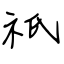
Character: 祇